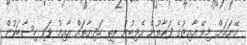
އޭނައަށް މިރޭ އާއިޒުގެ ފަރާތުން އެލިބުނު ރީތި ހަދިޔާތައް އާއިޒު ވަކި ހިސާބަކުން